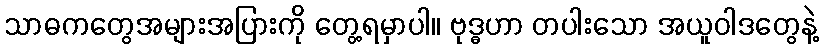
သာဓကတွေအများအပြားကို တွေ့ရမှာပါ။ ဗုဒ္ဓဟာ တပါးသော အယူဝါဒတွေနဲ့